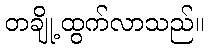
တချို့ထွက်လာသည်။